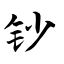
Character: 钞